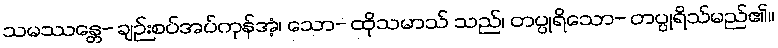
သမဿန္တေ- ချဉ်းစပ်အပ်ကုန်အံ့၊ သော- ထိုသမာသ် သည်၊ တပ္ပုရိသော- တပ္ပုရိသ်မည်၏။